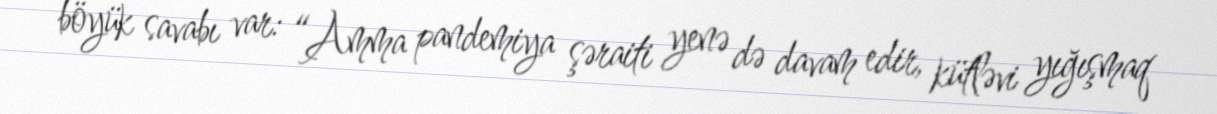
böyük savabı var: “Amma pandemiya şəraiti yenə də davam edir, kütləvi yığışmaq